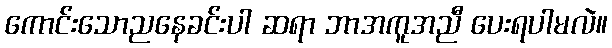
ကောင်းသောညနေခင်းပါ ဆရာ ဘာအကူအညီ ပေးရပါမလဲ။